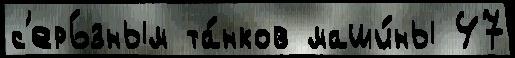
с'ерь́зным та́нков маши́ны 47